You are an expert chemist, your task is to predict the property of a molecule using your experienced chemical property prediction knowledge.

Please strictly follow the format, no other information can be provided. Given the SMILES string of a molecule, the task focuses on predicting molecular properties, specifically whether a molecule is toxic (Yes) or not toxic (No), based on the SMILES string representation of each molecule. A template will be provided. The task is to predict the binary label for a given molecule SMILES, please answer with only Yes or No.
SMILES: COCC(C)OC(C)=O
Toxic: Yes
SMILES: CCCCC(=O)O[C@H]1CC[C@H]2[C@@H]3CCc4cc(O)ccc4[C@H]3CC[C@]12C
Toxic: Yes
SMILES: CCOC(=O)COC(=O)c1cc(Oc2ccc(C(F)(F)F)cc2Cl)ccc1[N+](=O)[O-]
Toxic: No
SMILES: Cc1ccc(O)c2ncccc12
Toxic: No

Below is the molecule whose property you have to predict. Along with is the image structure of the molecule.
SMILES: O=C(NC(=O)c1c(F)cccc1F)Nc1ccc(Cl)cc1
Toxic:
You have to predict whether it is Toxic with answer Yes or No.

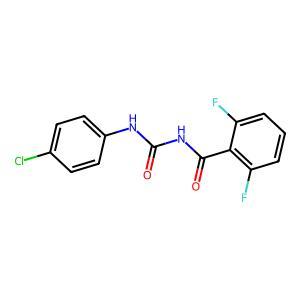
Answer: No